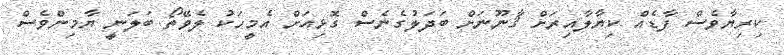
ކިރިޔާވެސް ފާޑެއް ކިޔާލާއިރަށް ޤާނޫނަށް ބަދަލުގެނެސް ގޮޅިއަށް އެމީހަކު ލެވޭތޯ ބަލަނީ ޔާމިންވެސް